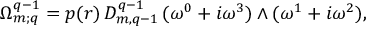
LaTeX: \Omega _ { m ; q } ^ { q - 1 } = p ( r ) \, D _ { m , q - 1 } ^ { q - 1 } \, ( \omega ^ { 0 } + i \omega ^ { 3 } ) \wedge ( \omega ^ { 1 } + i \omega ^ { 2 } ) ,